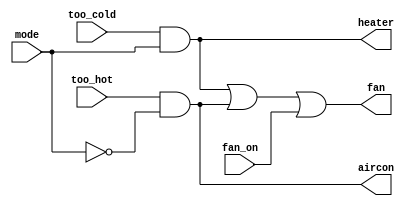
/* The thermostat can be in one of two modes: heating (mode = 1) and cooling (mode = 0).
In heating mode, turn the heater on when it is too cold (too_cold = 1) but do not use the air conditioner. 
In cooling mode, turn the air conditioner on when it is too hot (too_hot = 1), but do not turn on the heater. 
When the heater or air conditioner are on, also turn on the fan to circulate the air. In addition, 
the user can also request the fan to turn on (fan_on = 1), even if the heater and air conditioner are off. */

module top_module (
    input too_cold,
    input too_hot,
    input mode,
    input fan_on,
    output heater,
    output aircon,
    output fan
); 
    assign heater= too_cold & mode;
    assign aircon= too_hot & (~mode);
    assign fan= heater|aircon|fan_on;

endmodule